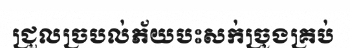
ជ្រួលច្របល់ភ័យបះសក់ច្រូងគ្រប់